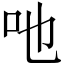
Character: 吔